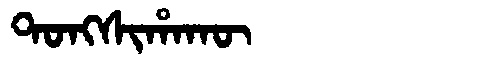
Manchu: ᡨᠣᠩᠰᡳᡥᠠᡴᡡ
Romanization: TONGSIHAKŪ